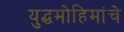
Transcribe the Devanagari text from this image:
युद्धमोहिमांचे